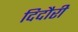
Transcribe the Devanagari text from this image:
दिदौरी